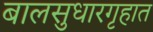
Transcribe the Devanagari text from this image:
बालसुधारगृहात